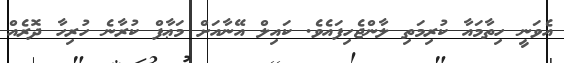
އެވަނީ ހިތާމައާ ކުރިމަތި ލާންޖެހިފައެވެ. ކައިލް އޭނާއަށް މަޢާފް ކުރާނެ ހުރިހާ ދޮރެއް